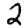
Digit: 2